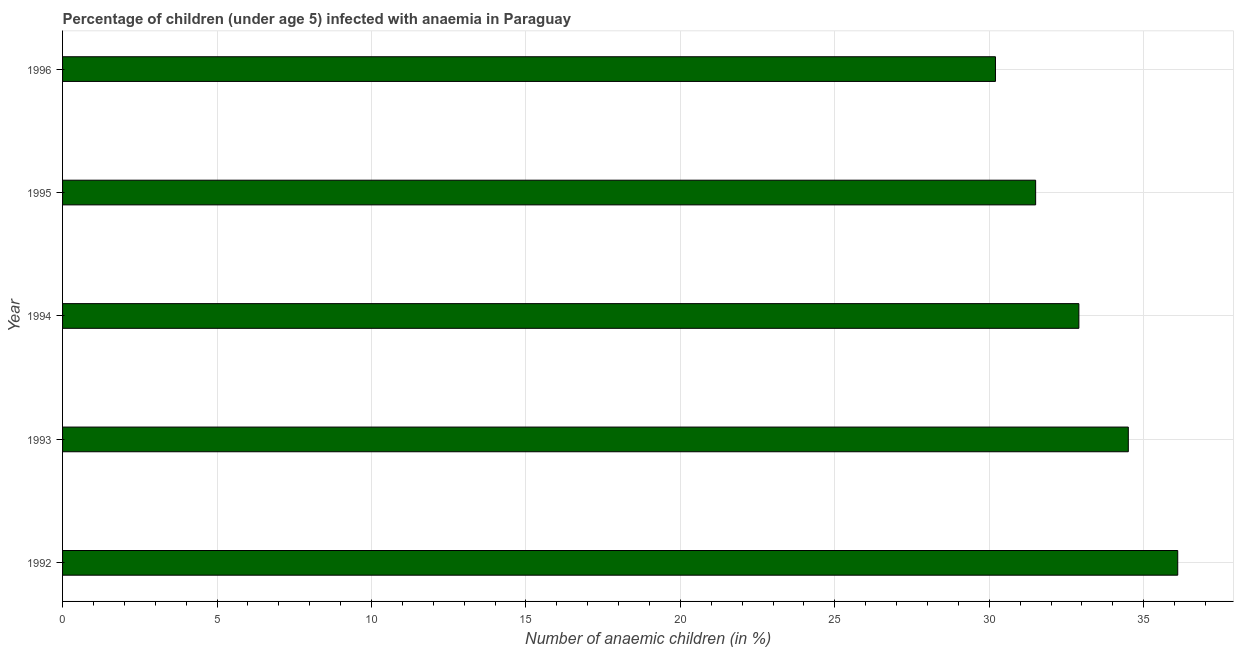
| Year | Prevalence of anemia among children |
 | --- | --- |
 | 1992 | 36.1 |
 | 1993 | 34.5 |
 | 1994 | 32.9 |
 | 1995 | 31.5 |
 | 1996 | 30.2 |